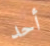
أحد